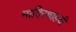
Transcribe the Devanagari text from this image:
नादिरशाहची